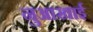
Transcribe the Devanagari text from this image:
नुआखाई